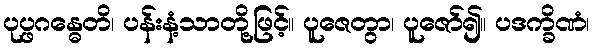
ပုပ္ဖဂန္ဓေတိ၊ ပန်းနံ့သာတို့ဖြင့်။ ပူဇေတွာ၊ ပူဇော်၍။ ပဒက္ခိဏံ၊